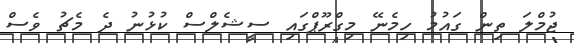
ޖުމްލަ ތިން ގައުމު ހިމެނޭ މިގްރޫޕްގައި ސީޝެލްސް ކުޅުނު ދެ މެޗު ވެސް